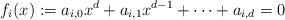
LaTeX: \begin{align*} f_i(x) := a_{i,0} x^d + a_{i,1} x^{d-1} + \cdots + a_{i,d} = 0 \end{align*}